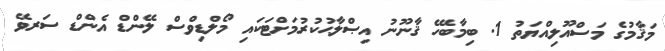
މަޤާމުގެ މަސްއޫލިއްޔަތު 1. ބިމާބެހޭ ޤާނޫނު އިޞްލާޙުކުރުމަށްޓަކައި މޯލްޑިވްސް ލޭންޑް އެންޑް ސަރވޭ